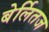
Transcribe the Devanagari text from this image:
बेर्लितज